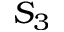
S _ { 3 }